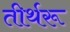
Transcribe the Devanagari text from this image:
तीर्थरू